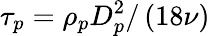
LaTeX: \tau_{p}=\rho_{p}D_{p}^{2}/\left(18\nu\right)